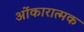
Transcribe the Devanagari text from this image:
ओंकारात्मक